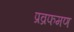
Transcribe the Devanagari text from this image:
प्रव्रफमण